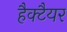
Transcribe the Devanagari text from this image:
हैक्टैयर